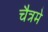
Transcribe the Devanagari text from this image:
चैत्रमे